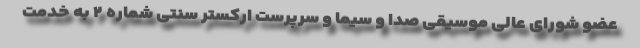
عضو شورای عالی موسیقی صدا و سیما و سرپرست ارکستر سنتی شماره ۲ به خدمت